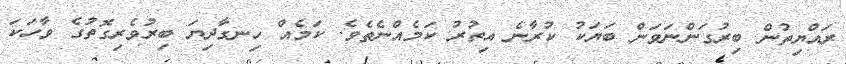
ރައްޔިތުން ބިރުގަންނަވަން ބަޔަކު ކުރާނެ އިތުރު ކަމެއްނެތެވެ. ކަމެއް ހިނގާދިޔަ ބިރުވެރިގޮތުގެ ވާހަކަ